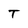
Character: T